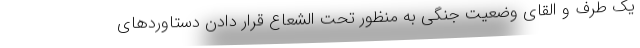
یک طرف و القای وضعیت جنگی به منظور تحت الشعاع قرار دادن دستاوردهای